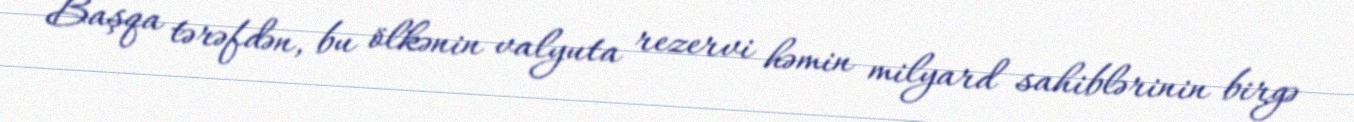
Başqa tərəfdən, bu ölkənin valyuta rezervi həmin milyard sahiblərinin birgə